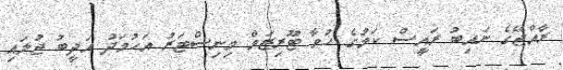
ރާއްޖޭގެ ނައިބު ރައީސް ކަމުގެ ހުވާ ޓޫރިޒަމް މިނިސްޓަރު އަހުމަދު އަދީބު ޖުލައި